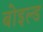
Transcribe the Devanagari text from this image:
बोइल्ड